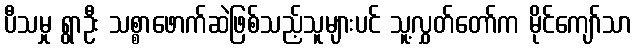
ပီသမှု ရွာဦး သစ္စာဖောက်ဆဲဖြစ်သည့်သူများပင် သူ့လွှတ်တော်က မိုင်ကျော်သာ